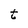
Character: t